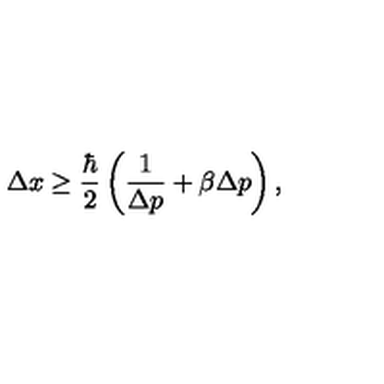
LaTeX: \Delta x \ge \frac { \hbar } { 2 } \left( \frac { 1 } { \Delta p } + \beta \Delta p \right) ,